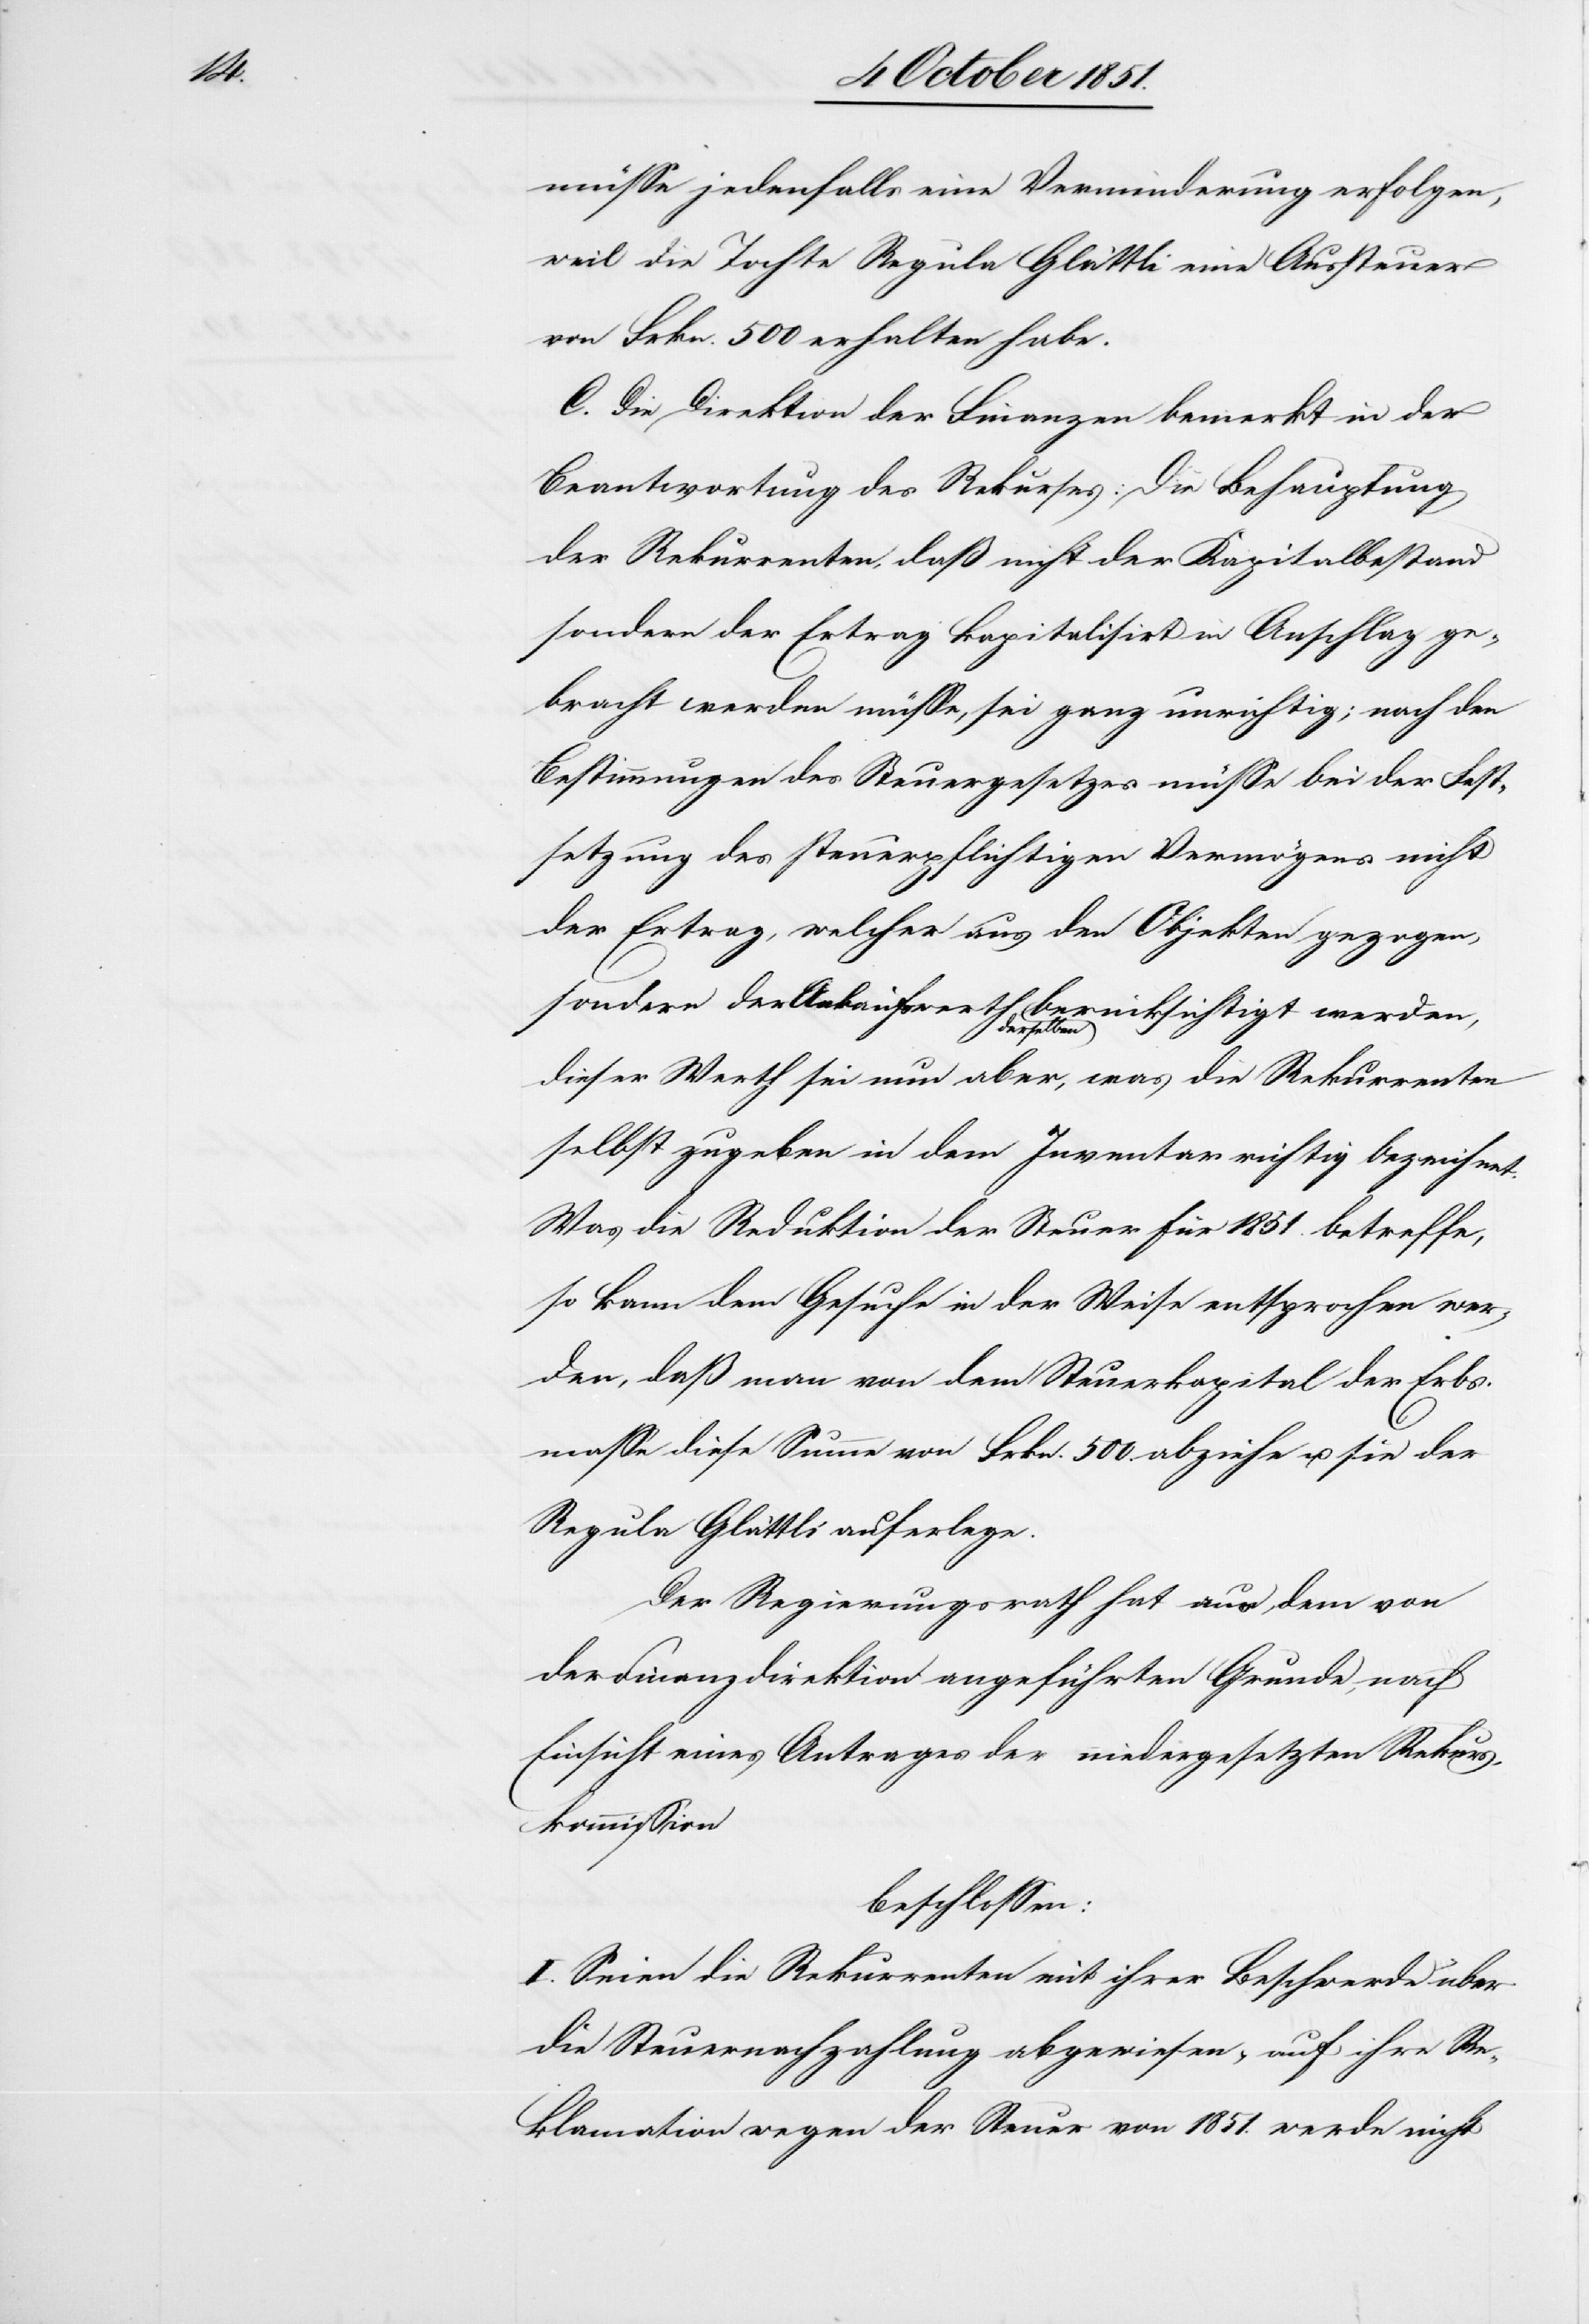
müsse jedenfalls eine Verminderung erfolgen,
weil die Tochte[r] Regula Glättli eine Aussteuer
von Frkn. 500 erhalten habe.
C. Die Direktion der Finanzen bemerkt in der
Beantwortung des Rekurses: Die Behauptung
der Rekurrenten, daß nicht der Kapitalbestand
sondern der Ertrag kapitalisirt in Anschlag ge¬
bracht werden müsse, sei ganz unrichtig; nach den
Bestimmungen des Steuergesetzes müsse bei der Fest¬
setzung des steuerpflichtigen Vermögens nicht
der Ertrag, welcher aus den Objekten gezogen,
sondern der Ankaufswerth derselben berücksichtigt werden,
dieser Werth sei nun aber, was die Rekurrenten
selbst zugeben in dem Inventar richtig bezeichnet.
Was die Reduktion der Steuer für 1851. betreffe,
so kann dem Gesuche in der Weise entsprochen wer¬
den, daß man von dem Steuerkapital der Erbs¬
masse diese Summe von Frkn. 500 abziehe u. sie der
Regula Glättli auferlege.
Der Regierungsrath hat aus dem von
der Finanzdirektion angeführten Grunde, nach
Einsicht eines Antrages der niedergesetzten Rekurs¬
kommission
beschlossen:
I. Seien die Rekurrenten mit ihrer Beschwerde über
die Steuernachzahlung abgewiesen & auf ihre Re¬
klamation wegen der Steuer von 1851. werde nicht